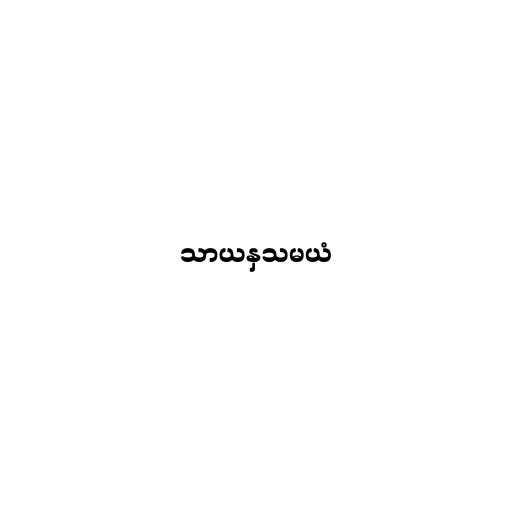
သာယနှသမယံ